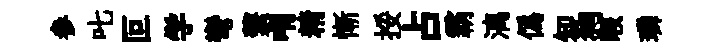
参叱叵学彎繫喟精慚挼占霸漓偽知狗暇璘